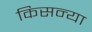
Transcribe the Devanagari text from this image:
किसन्या